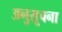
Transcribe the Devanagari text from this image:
अनुसूचना